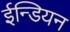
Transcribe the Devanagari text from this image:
ईन्डियन